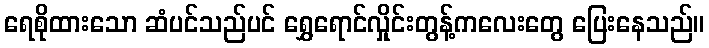
ရေစိုထားသော ဆံပင်သည်ပင် ရွှေရောင်လှိုင်းတွန့်ကလေးတွေ ပြေးနေသည်။